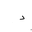
Letter: _dal